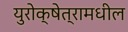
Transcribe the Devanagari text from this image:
युरोक्षेत्रामधील